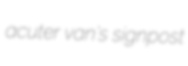
acuter van's signpost